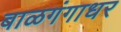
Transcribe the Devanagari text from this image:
बाळगंगाधर